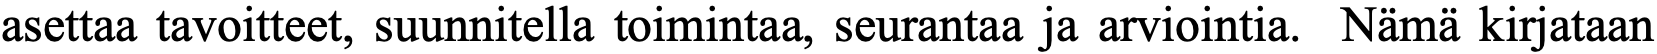
asettaa tavoitteet, suunnitella toimintaa, seurantaa ja arviointia. Nämä kirjataan